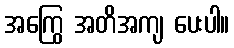
အကြွေ အတိအကျ ပေးပါ။